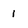
Character: 1